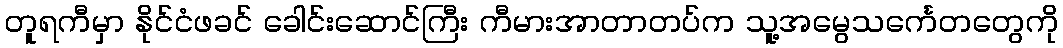
တူရကီမှာ နိုင်ငံဖခင် ခေါင်းဆောင်ကြီး ကီမားအာတာတပ်က သူ့အမွေသင်္ကေတတွေကို